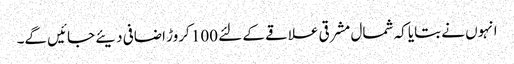
انہوں نے بتایا کہ شمال مشرقی علاقے کے لئے 100 کروڑ اضافی دیئے جائیں گے۔